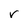
Character: r